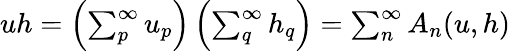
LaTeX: \begin{array}{r}{uh=\left(\sum_{p}^{\infty}u_{p}\right)\left(\sum_{q}^{\infty}h_{q}\right)=\sum_{n}^{\infty}A_{n}(u,h)}\end{array}